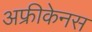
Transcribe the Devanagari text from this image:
अफ्रीकेनस